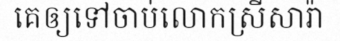
គេឲ្យទៅចាប់លោកស្រីសារ៉ា